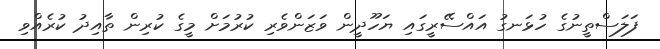
ފަލަސްތީނުގެ ހުޅަނގު އައްސޭރީގައި ޔަހޫދީން ވަޒަންވެރި ކުރުމަށް މީގެ ކުރިން ތާއިދު ކުރެއްވި